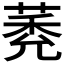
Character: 𦳽